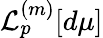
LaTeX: \mathcal{L}_{p}^{(m)}[d\mu]